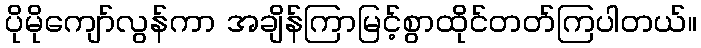
ပိုမိုကျော်လွန်ကာ အချိန်ကြာမြင့်စွာထိုင်တတ်ကြပါတယ်။